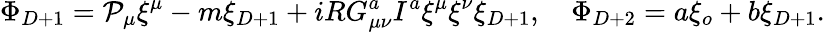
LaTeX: \Phi_{D+1}={\cal P}_{\mu}\xi^{\mu}-m\xi_{D+1}+iRG_{\mu\nu}^{a}I^{a}\xi^{\mu}\xi^{\nu}\xi_{D+1},\quad\Phi_{D+2}=a\xi_{o}+b\xi_{D+1}.